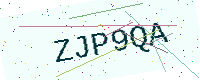
Text: ZJP9QA